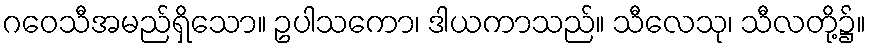
ဂဝေသီအမည်ရှိသော။ ဥပါသကော၊ ဒါယကာသည်။ သီလေသု၊ သီလတို့၌။